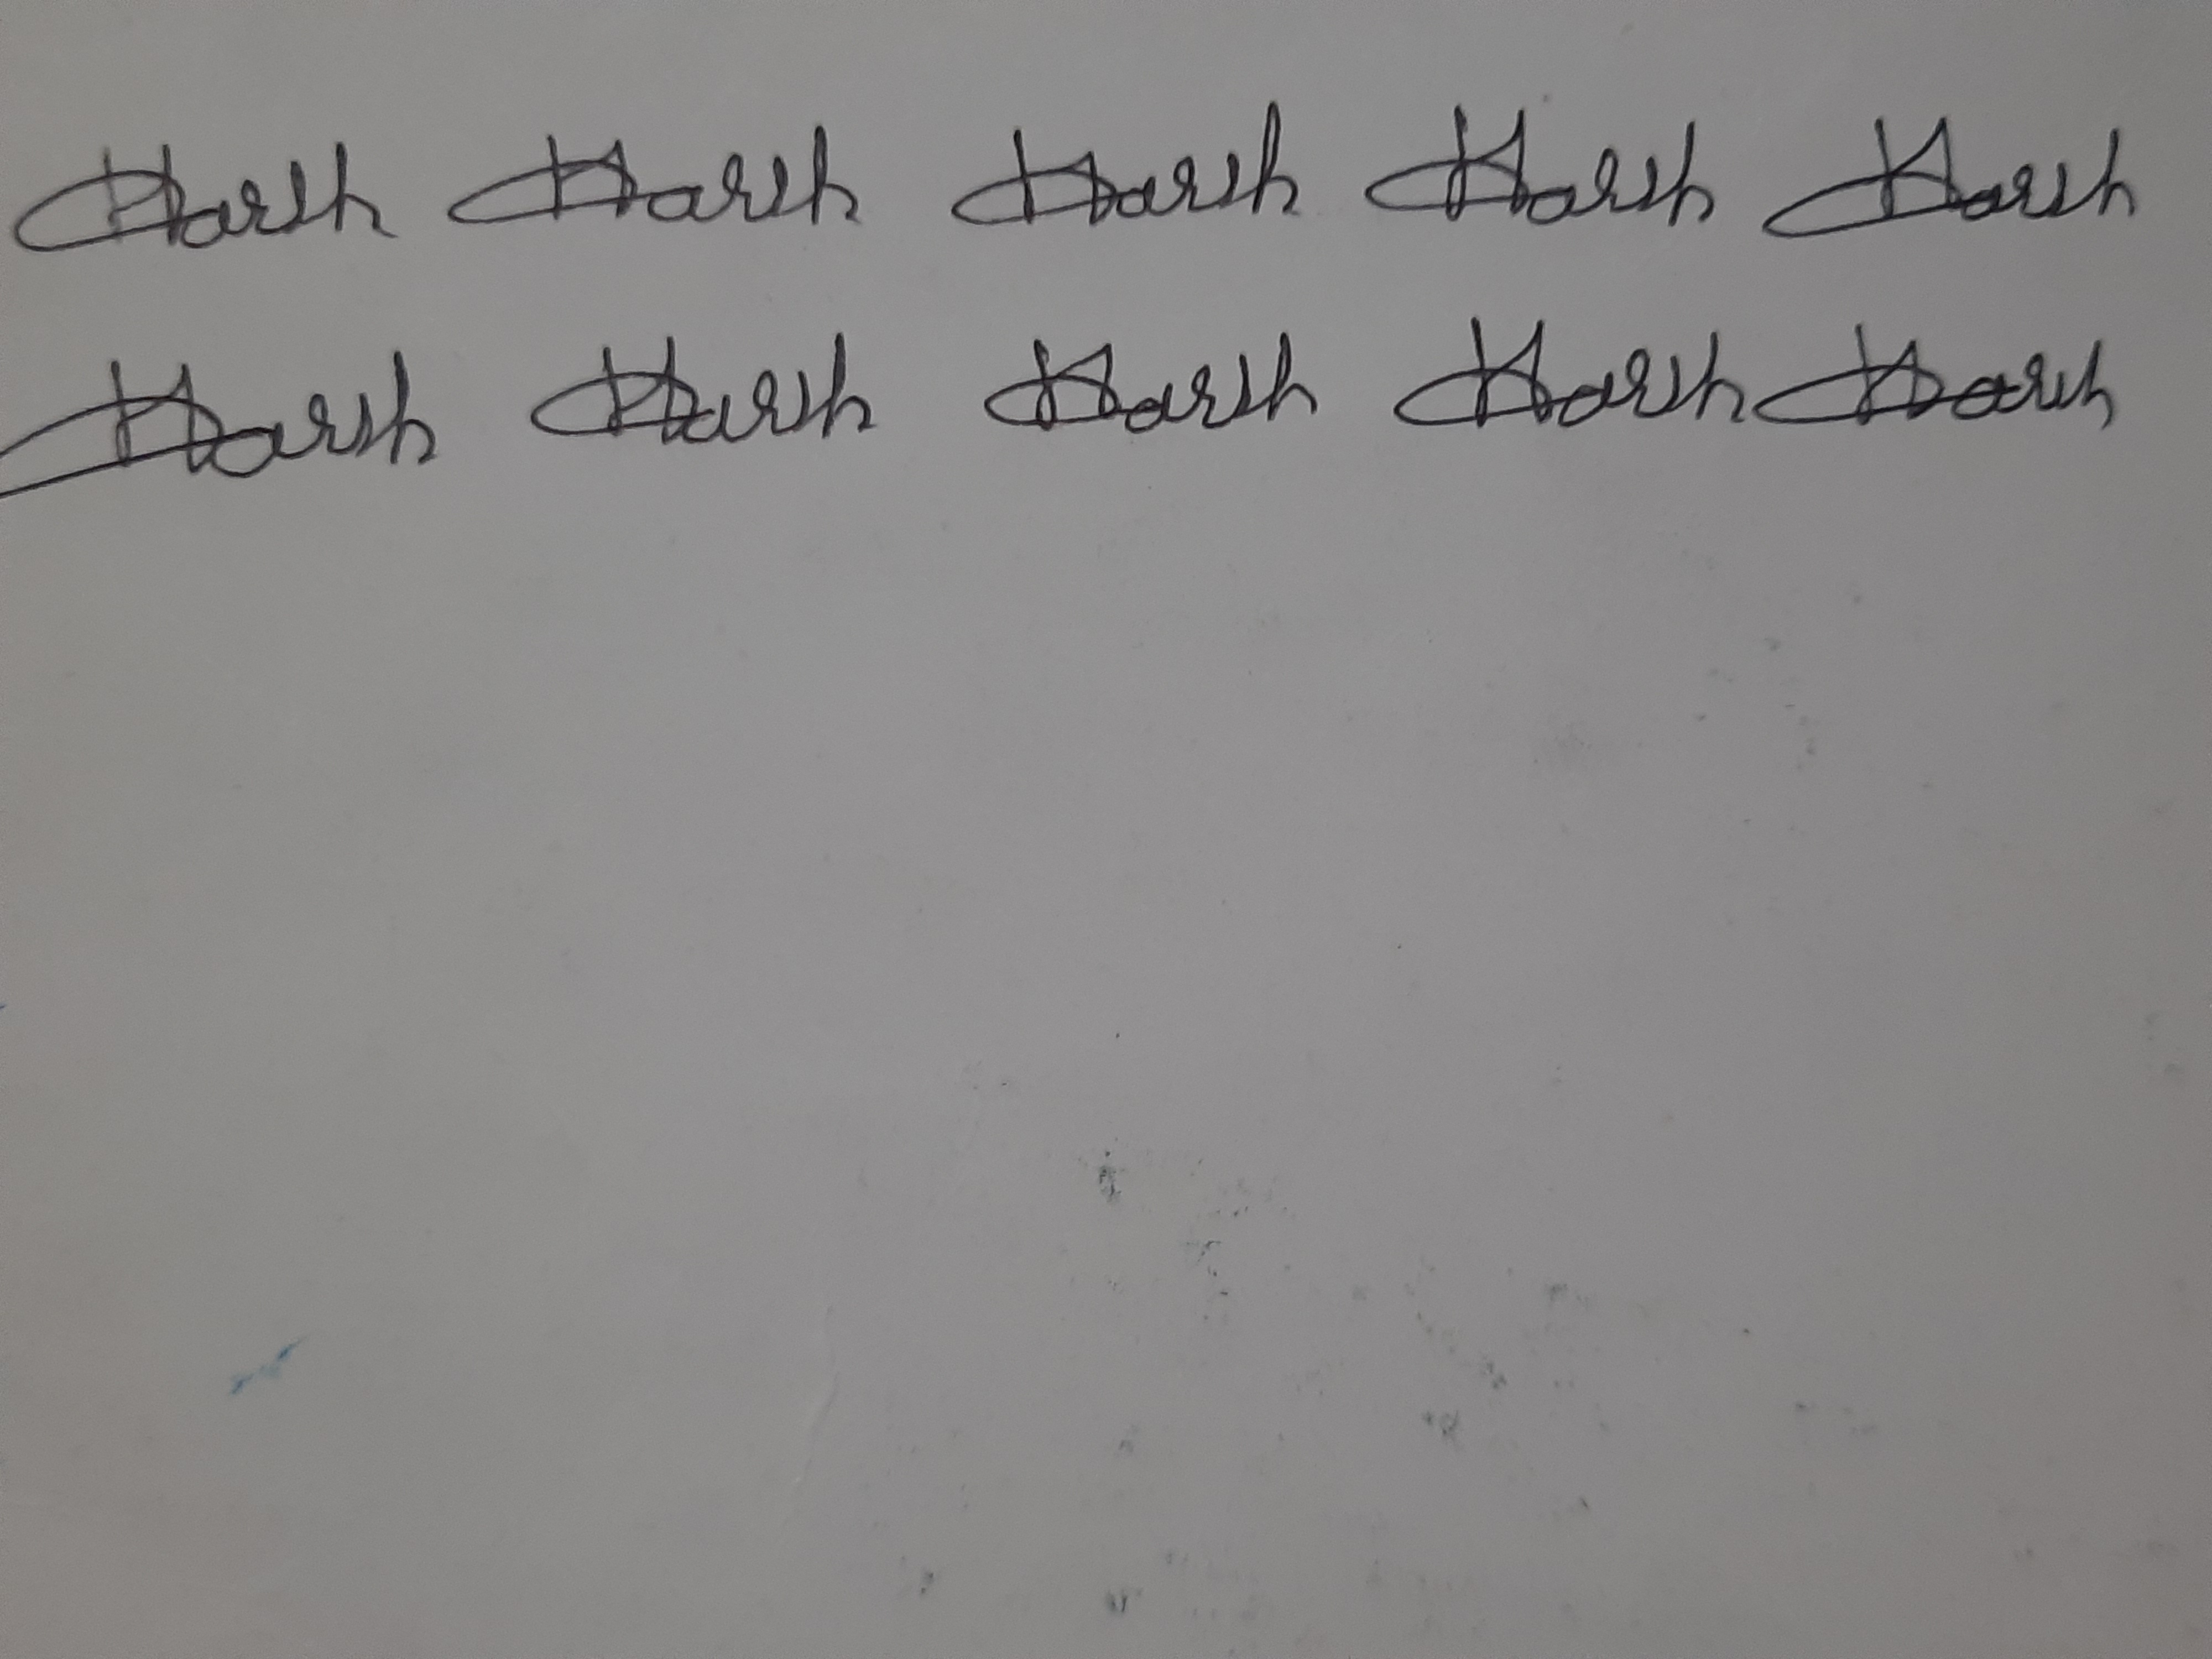
Signature authenticity: forged